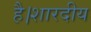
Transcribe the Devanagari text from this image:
है।शारदीय